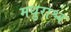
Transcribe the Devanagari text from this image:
मधुराश्च